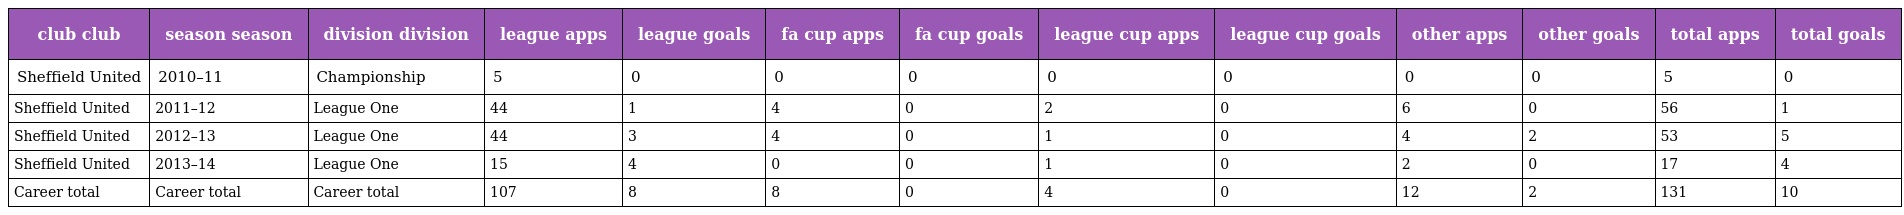
| club club | season season | division division | league apps | league goals | fa cup apps | fa cup goals | league cup apps | league cup goals | other apps | other goals | total apps | total goals |
 | --- | --- | --- | --- | --- | --- | --- | --- | --- | --- | --- | --- | --- |
 | Sheffield United | 2010–11 | Championship | 5 | 0 | 0 | 0 | 0 | 0 | 0 | 0 | 5 | 0 |
 | Sheffield United | 2011–12 | League One | 44 | 1 | 4 | 0 | 2 | 0 | 6 | 0 | 56 | 1 |
 | Sheffield United | 2012–13 | League One | 44 | 3 | 4 | 0 | 1 | 0 | 4 | 2 | 53 | 5 |
 | Sheffield United | 2013–14 | League One | 15 | 4 | 0 | 0 | 1 | 0 | 2 | 0 | 17 | 4 |
 | Career total | Career total | Career total | 107 | 8 | 8 | 0 | 4 | 0 | 12 | 2 | 131 | 10 |